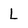
Character: l